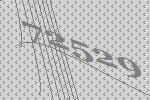
72529